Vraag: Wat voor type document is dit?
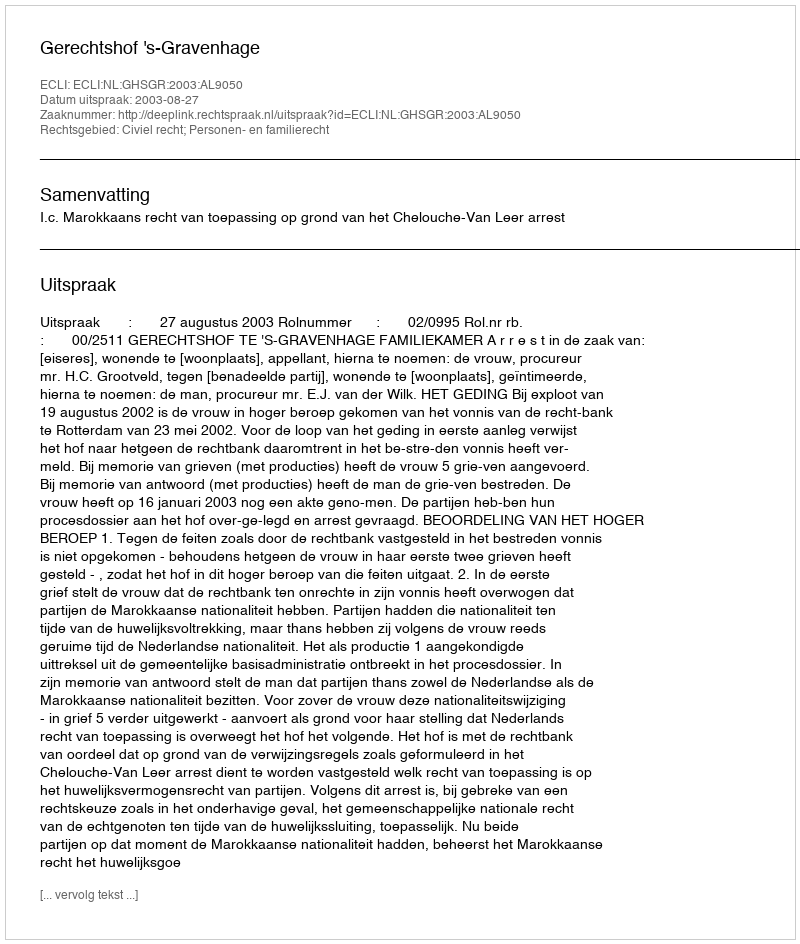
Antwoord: Uitspraak